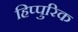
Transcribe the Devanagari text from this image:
हिप्पुरिक